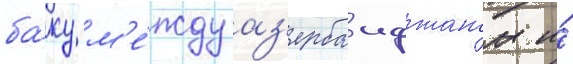
ба́ку м'е́жду аз'ербаиджаном и́